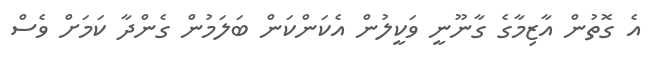
އެ ގޮތުން އާޒިމާގެ ގާނޫނީ ވަކީލުން އެކަންކަން ބަލަމުން ގެންދާ ކަމަށް ވެސް